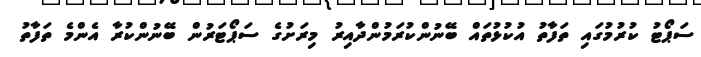
ސަޕޯޓު ކުރުމުގައި ތަފާތު އުކުޅުތައް ބޭނުންކުރަމުންދާއިރު މިރަށުގެ ސަޕޯޓަރުން ބޭނުންކުރާ އެންމެ ތަފާތު